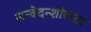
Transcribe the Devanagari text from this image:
सन्वेदन्शीलता